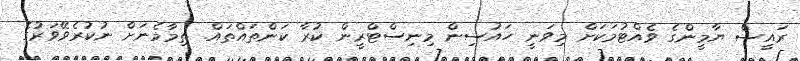
ރައީސް ޔާމީންގެ ވެއްޓުމަކަށް މިވަނީ ހައުސިން މިނިސްޓްރީން ކުރާ ކަންތައްތައް. ތިމާމެނަށް ނުކުރެވޭވަރުގެ